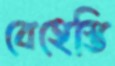
বেহেস্তি